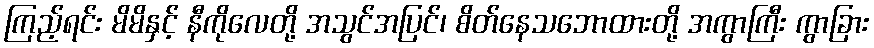
ကြည့်ရင်း မိမိနှင့် နီကိုလေတို့ အသွင်အပြင်၊ စိတ်နေသဘောထားတို့ အကွာကြီး ကွာခြား